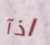
اذآ